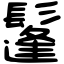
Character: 鬔